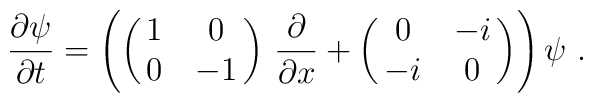
\frac{\partial \psi}{\partial t} =\left(\pmatrix { 1 & 0\cr 0 &-1}\,\frac{\partial}{\partial x} +\pmatrix {0 & -i\cr -i & 0}\right)\psi \ .